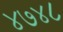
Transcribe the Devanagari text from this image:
४७४८